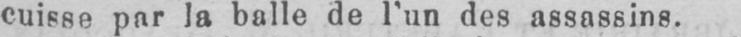
cuisse par la balle de l’un des assassins.